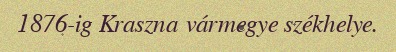
1876-ig Kraszna vármegye székhelye.